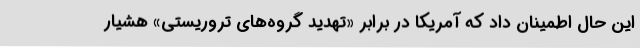
این حال اطمینان داد که آمریکا در برابر «تهدید گروه‌های تروریستی» هشیار